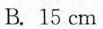
B.15cm